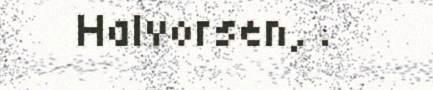
Halvorsen, .